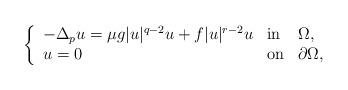
LaTeX: \begin{align*}\left\{\begin{array}[c]{lll}-\Delta_p u =\mu g|u|^{q-2}u+f|u|^{r-2}u & \mathrm{in} & \Omega,\\u=0 & \mathrm{on} & \partial\Omega,\end{array}\right. \end{align*}